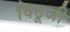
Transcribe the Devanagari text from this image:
विठूजी